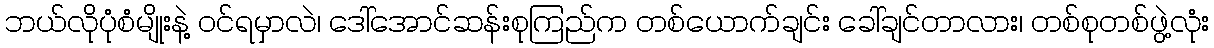
ဘယ်လိုပုံစံမျိုးနဲ့ ဝင်ရမှာလဲ၊ ဒေါ်အောင်ဆန်းစုကြည်က တစ်ယောက်ချင်း ခေါ်ချင်တာလား၊ တစ်စုတစ်ဖွဲ့လုံး